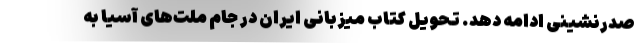
صدرنشینی ادامه دهد. تحویل کتاب میزبانی ایران در جام ملت‌های آسیا به